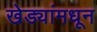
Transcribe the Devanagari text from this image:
खेड्यांमधून